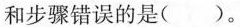
和步骤错误的是()。